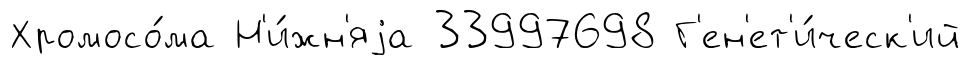
Хромосо́ма Н'и́жн'яjа 33997698 Г'ен'ет'и́ческ'ий